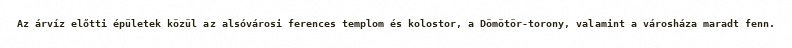
Az árvíz előtti épületek közül az alsóvárosi ferences templom és kolostor, a Dömötör-torony, valamint a városháza maradt fenn.